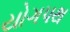
યોગપથ